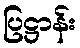
ပြဋ္ဌာန်း